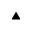
\blacktriangle